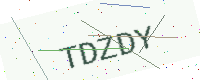
Text: TDZDY